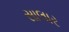
સાલાર